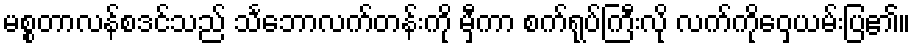
မစ္စတာလန်စဒင်သည် သင်္ဘောလက်တန်းကို မှီကာ စက်ရုပ်ကြီးလို လက်ကိုဝှေ့ယမ်းပြ၏။